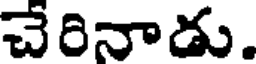
చేరినాడు.